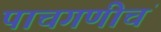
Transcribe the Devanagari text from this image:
पाचगणीचं